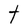
Character: t